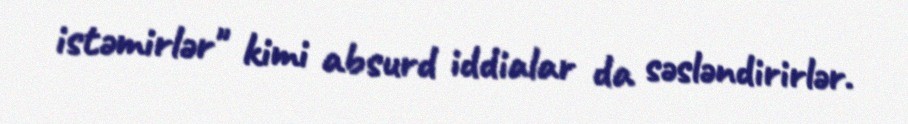
istəmirlər" kimi absurd iddialar da səsləndirirlər.